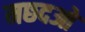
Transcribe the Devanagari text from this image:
मछदओ